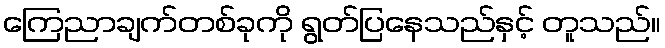
ကြေညာချက်တစ်ခုကို ရွတ်ပြနေသည်နှင့် တူသည်။